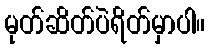
မုတ်ဆိတ်ပဲရိတ်မှာပါ။